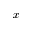
x